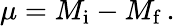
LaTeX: \mu=M_{\mathrm{i}}-M_{\mathrm{f}}\, .